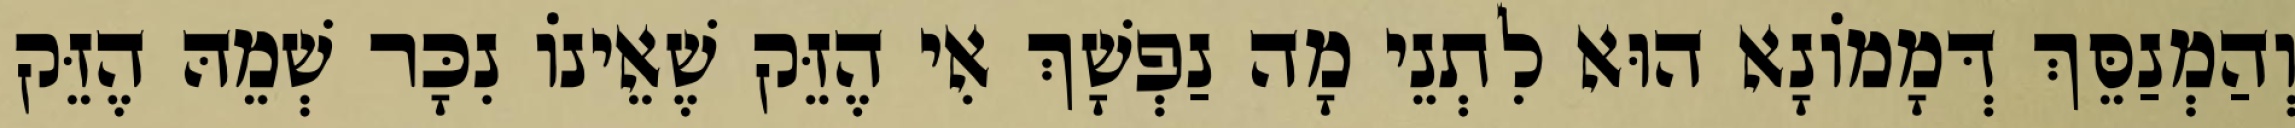
וְהַמְנַסֵּךְ דְּמָמוֹנָא הוּא לִתְנֵי מָה נַפְשָׁךְ אִי הֶזֵּק שֶׁאֵינוֹ נִכָּר שְׁמֵהּ הֶזֵּק